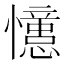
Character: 𭟞